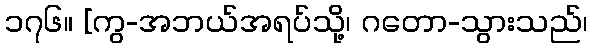
၁၇၆။ [ကွ-အဘယ်အရပ်သို့၊ ဂတော-သွားသည်၊